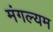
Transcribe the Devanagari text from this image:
मंगल्यम